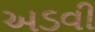
અડવી